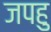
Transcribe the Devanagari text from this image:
जपहु